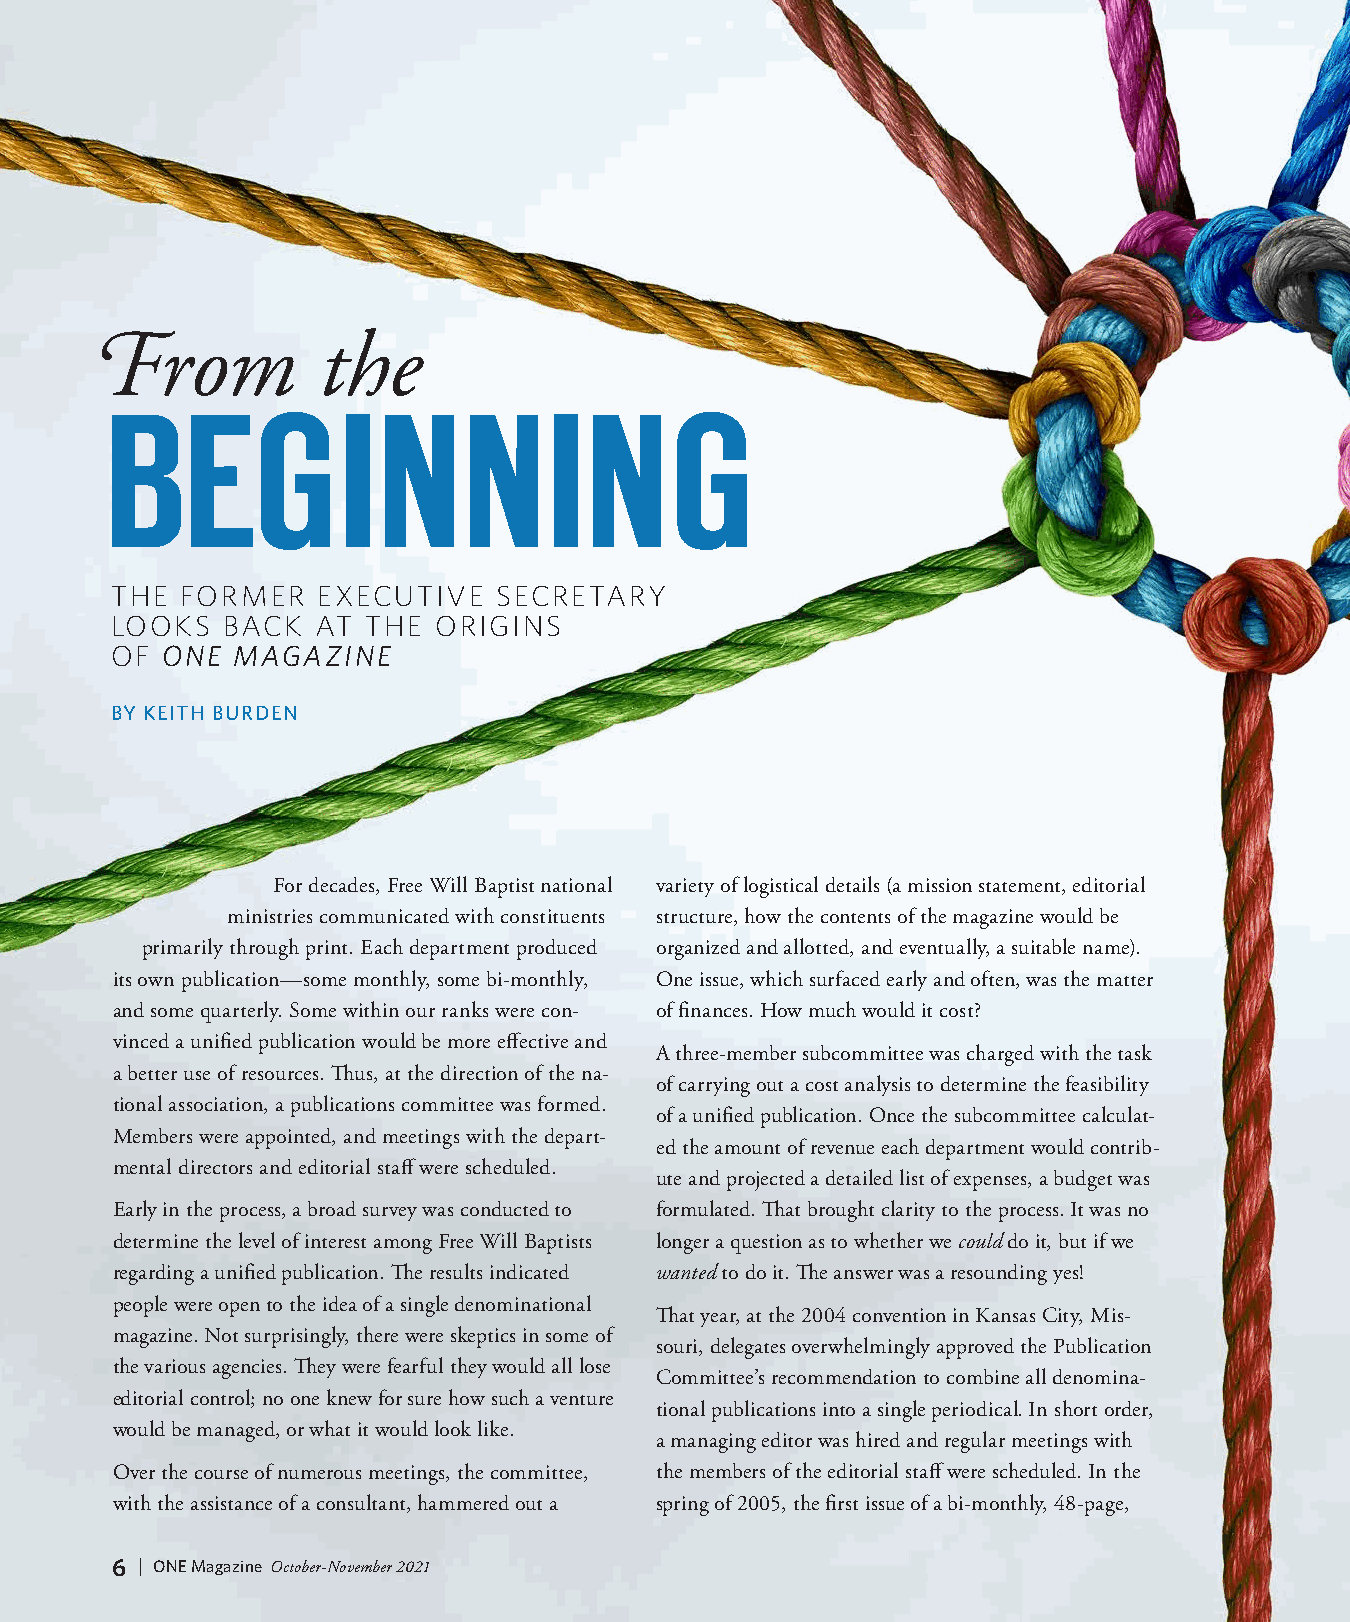
From           the
 BEGINNING
 THE  FORMER   EXECUTIVE   SECRETARY
 LOOKS   BACK  AT THE  ORIGINS
 OF  ONE MAGAZINE
 BY KEITH BURDEN
 For decades, Free Will Baptist national variety of logistical details (a mission statement, editorial
 ministries communicated with constituents structure, how the contents of the magazine would be
 primarily through print. Each department produced organized and allotted, and eventually, a suitable name).
 its own publication—some monthly, some bi-monthly, One issue, which surfaced early and often, was the matter
 and some quarterly. Some within our ranks were con- of finances. How much would it cost?
 vinced a unified publication would be more effective and
 A three-member subcommittee was charged with the task
 a better use of resources. Thus, at the direction of the na-
 of carrying out a cost analysis to determine the feasibility
 tional association, a publications committee was formed.
 of a unified publication. Once the subcommittee calculat-
 Members were appointed, and meetings with the depart-
 ed the amount of revenue each department would contrib-
 mental directors and editorial staff were scheduled.
 ute and projected a detailed list of expenses, a budget was
 Early in the process, a broad survey was conducted to formulated. That brought clarity to the process. It was no
 determine the level of interest among Free Will Baptists longer a question as to whether we could do it, but if we
 regarding a unified publication. The results indicated wanted to do it. The answer was a resounding yes!
 people were open to the idea of a single denominational
 That year, at the 2004 convention in Kansas City, Mis-
 magazine. Not surprisingly, there were skeptics in some of
 souri, delegates overwhelmingly approved the Publication
 the various agencies. They were fearful they would all lose
 Committee’s recommendation to combine all denomina-
 editorial control; no one knew for sure how such a venture
 tional publications into a single periodical. In short order,
 would be managed, or what it would look like.
 a managing editor was hired and regular meetings with
 Over the course of numerous meetings, the committee, the members of the editorial staff were scheduled. In the
 with the assistance of a consultant, hammered out a spring of 2005, the first issue of a bi-monthly, 48-page,
 6 | ONE Magazine October-November 2021